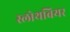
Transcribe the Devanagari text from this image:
स्लोथबियर